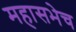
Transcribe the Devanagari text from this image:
महासभेच